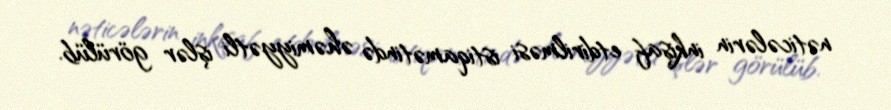
nəticələrin inkişaf etdirilməsi istiqamətində əhəmiyyətli işlər görülüb.